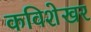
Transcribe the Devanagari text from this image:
कविशेखर